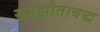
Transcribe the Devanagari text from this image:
समझौताबद्ध